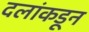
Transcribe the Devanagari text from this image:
दलांकडून